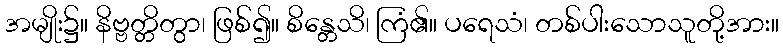
အမျိုး၌။ နိဗ္ဗတ္တိတွာ၊ ဖြစ်၍။ စိန္တေသိ၊ ကြံ၏။ ပရေသံ၊ တစ်ပါးသောသူတို့အား။